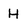
Character: H